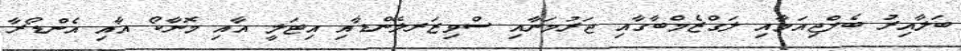
ބަލާއިރު ބެލްޖިއަމާއި ލަގްޒެމްބާގާއި ޖަރުމަނާއި ސްވިޒަރލޭންޑާއި އިޓަލީ އާއި މޮނާކޯ އާއި އެންޑޯރާ